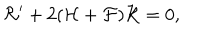
{ \cal R } ^ { \prime } + 2 ( { \cal H } + { \cal F } ) { \cal R } = 0 ,